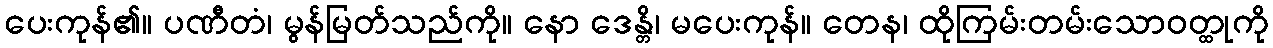
ပေးကုန်၏။ ပဏီတံ၊ မွန်မြတ်သည်ကို။ နော ဒေန္တိ၊ မပေးကုန်။ တေန၊ ထိုကြမ်းတမ်းသောဝတ္ထုကို